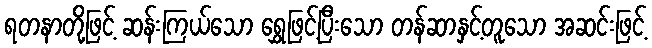
ရတနာတို့ဖြင့် ဆန်းကြယ်သော ရွှေဖြင့်ပြီးသော တန်ဆာနှင့်တူသော အဆင်းဖြင့်